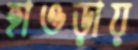
হাওড়ায়